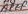
Text: AREF